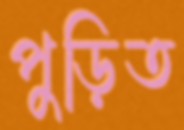
পুড়িত